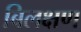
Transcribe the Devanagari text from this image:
बिलक्षण